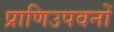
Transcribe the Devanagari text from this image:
प्राणिउपवनों